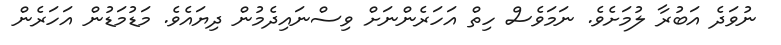
ނުވަދެ އަބުރާ ލުމަށެވެ. ނަމަވެސް ހިތް އަހަރެންނަށް ވިސްނައިދެމުން ދިޔައެވެ. މަޑުމަޑުން އަހަރެން